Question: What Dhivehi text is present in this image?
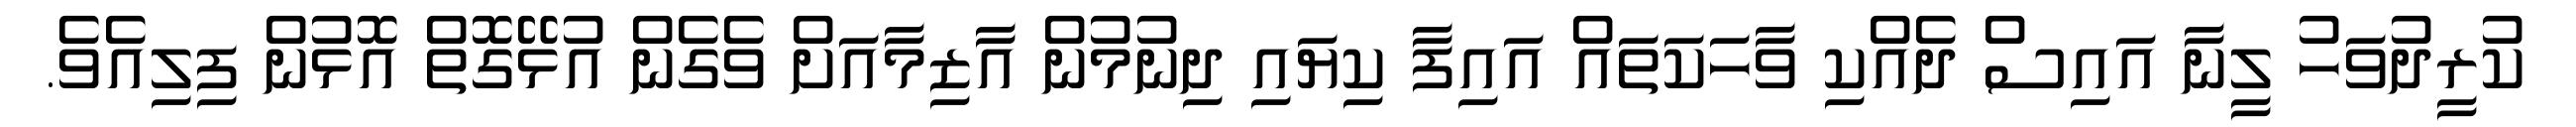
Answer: ކުރީދުވަހު ލީނާ އައިސް ދެއްކި ވާހަކަތައް އައިފާ ކިޔައި ދިނުމުން އާޒިމާއަށް ވެގެން އުޅޭގޮތް އޮޅުން ފިލިއެވެ.